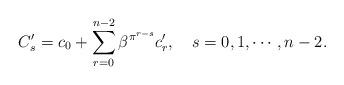
LaTeX: \begin{align*}C'_{s}=c_0 + \sum_{r=0}^{n-2} \beta^{\pi^{r-s}} c'_{r}, \ \ \ s=0,1, \cdots, n-2.\end{align*}